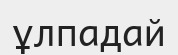
ұлпадай